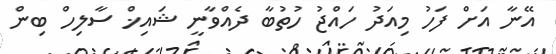
އޭނާ އަށް ފަހު މިއަދު ހައްޖު ހުތުބާ ދެއްވާނީ ޝައިޚް ސާލިހް ބިން